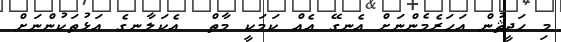
މި ޙަދީޘުން އަހަރެމެންނަށް އެނގޭ އެއް ކަމަކީ މާތް  އެކަލާނގެ އަޅުތަކުންނަށް